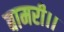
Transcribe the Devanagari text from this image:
बामरी।।